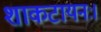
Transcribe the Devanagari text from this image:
शाकटायनः।